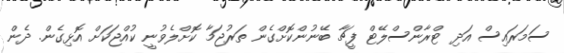
ސަމަރައިސް އަދި ޓްރާންސްލޭޓް ފީޗާ ބޭނުންކޮށްގެން ތަރުޖަމާ ކޮށްލެވުނީ ކުއްޖަކަށް އޮޅިގެން. ދެން